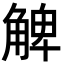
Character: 䚜